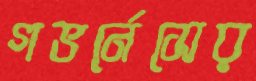
গভর্নেসের